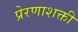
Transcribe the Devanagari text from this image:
प्रेरणाशक्ती